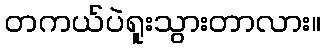
တကယ်ပဲရူးသွားတာလား။